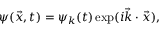
\psi ( { \vec { x } } , t ) = \psi _ { k } ( t ) \exp ( i { \vec { k } } \cdot { \vec { x } } ) ,